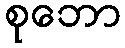
စုဘော